Annual returns of the Patna Lunatic Asylum at Bankipore in Bihar and Orissa - 1912-1924
Year: 1912
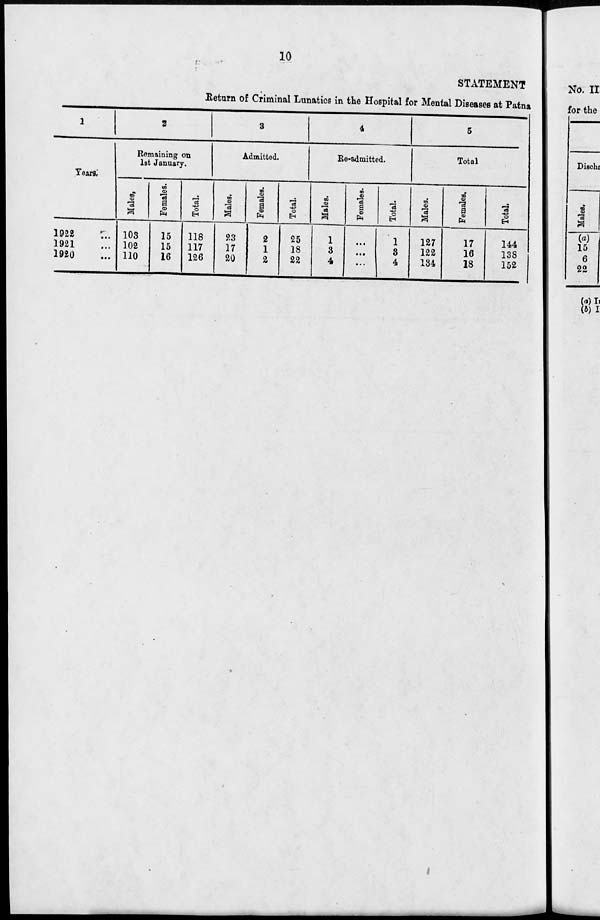
10
STATEMENT
Return of Criminal Lunatics in the Hospital for Mental Diseases at Patna
1
Years.
1922
...
1921 ...
1920 ...
2
Remaining on
1st January.
Males.
103
102
110
Females.
15
15
16
Total.
118
117
126
3
Admitted.
Males.
23
17
20
Females.
2
1
2
Total.
25
18
22
4
Re-admitted.
Males.
1
3
4
Females.
...
...
...
Total.
1
3
4
5
Total
Males.
127
122
134
Females.
17
16
18
Total.
144
138
152